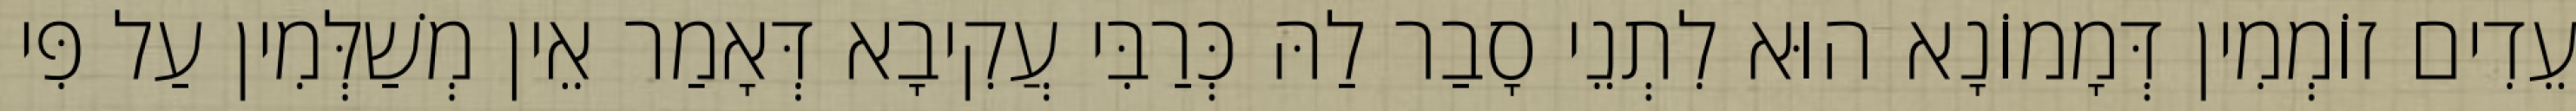
עֵדִים זוֹמְמִין דְּמָמוֹנָא הוּא לִתְנֵי סָבַר לַהּ כְּרַבִּי עֲקִיבָא דְּאָמַר אֵין מְשַׁלְּמִין עַל פִּי